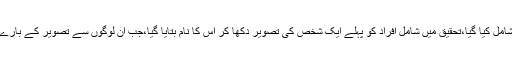
مذکورہ تحقیق میں ایک ہزار سے زائد افراد کو شامل کیا گیا،تحقیق میں شامل افراد کو پہلے ایک شخص کی تصویر دکھا کر اس کا نام بتایا گیا،جب ان لوگوں سے تصویر کے بارے میں دریافت کیا گیا تو سب نے صحیح نام بتایا۔